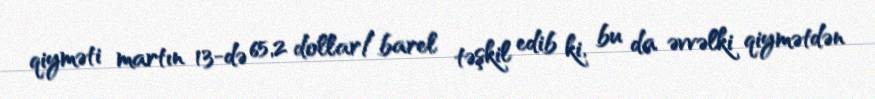
qiyməti martın 13-də 65,2 dollar/barel təşkil edib ki, bu da əvvəlki qiymətdən